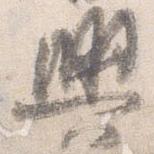
興